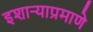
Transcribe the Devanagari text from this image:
इशार्‍याप्रमाणे